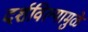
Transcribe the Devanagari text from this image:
दर्शविल्यामुळे